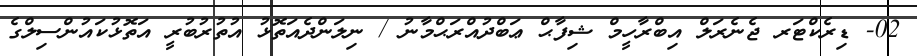
02- ޑިރެކްޓަރ ޖެނެރަލް އިބްރާހީމް ޝިފާޙް ޢަބްދުއްރަޙްމާނު / ނިލަންދެއަތޮޅު އުތުރުބުރީ އަތޮޅުކައުންސިލްގެ